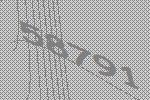
58791